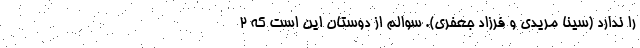
را ندارد (سینا مریدی و فرزاد جعفری). سوالم از دوستان این است که ۲